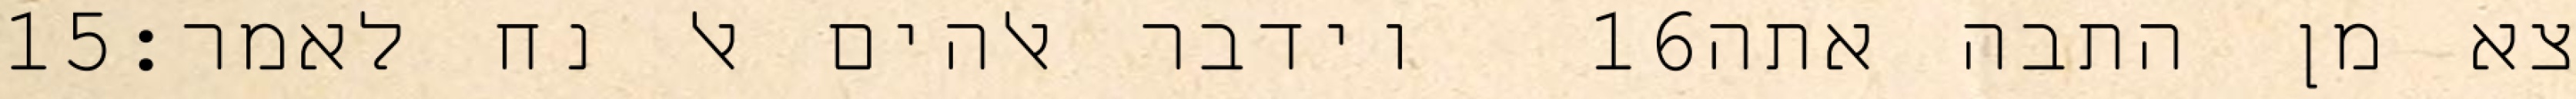
‎15‏ וידבר אלהים אל נח לאמר׃ ‎16‏ צא מן התבה אתה